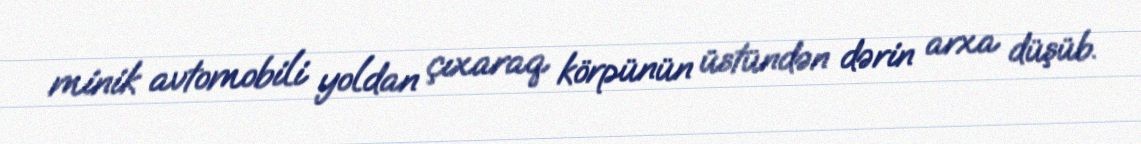
minik avtomobili yoldan çıxaraq körpünün üstündən dərin arxa düşüb.